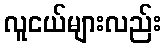
လူငယ်များလည်း